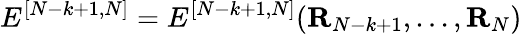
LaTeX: E^{[{{N}-{k}+1},{{N}}]}=E^{[{{N}-{k}+1},{{N}}]}({\mathbf R}_{N-k+1},...,{\mathbf R}_{N})